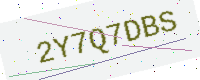
Text: 2Y7Q7DBS